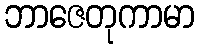
ဘာဇေတုကာမာ